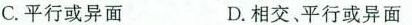
C. 平行或异面 D. 相交、平行或异面